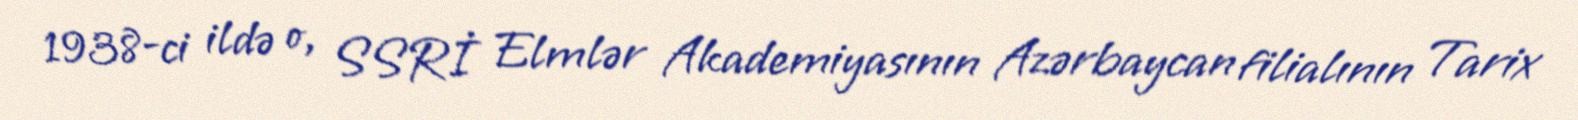
1938-ci ildə o, SSRİ Elmlər Akademiyasının Azərbaycan filialının Tarix